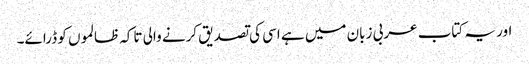
اور یہ کتاب عربی زبان میں ہے اسی کی تصدیق کرنے والی تاکہ ظالموں کو ڈرائے۔